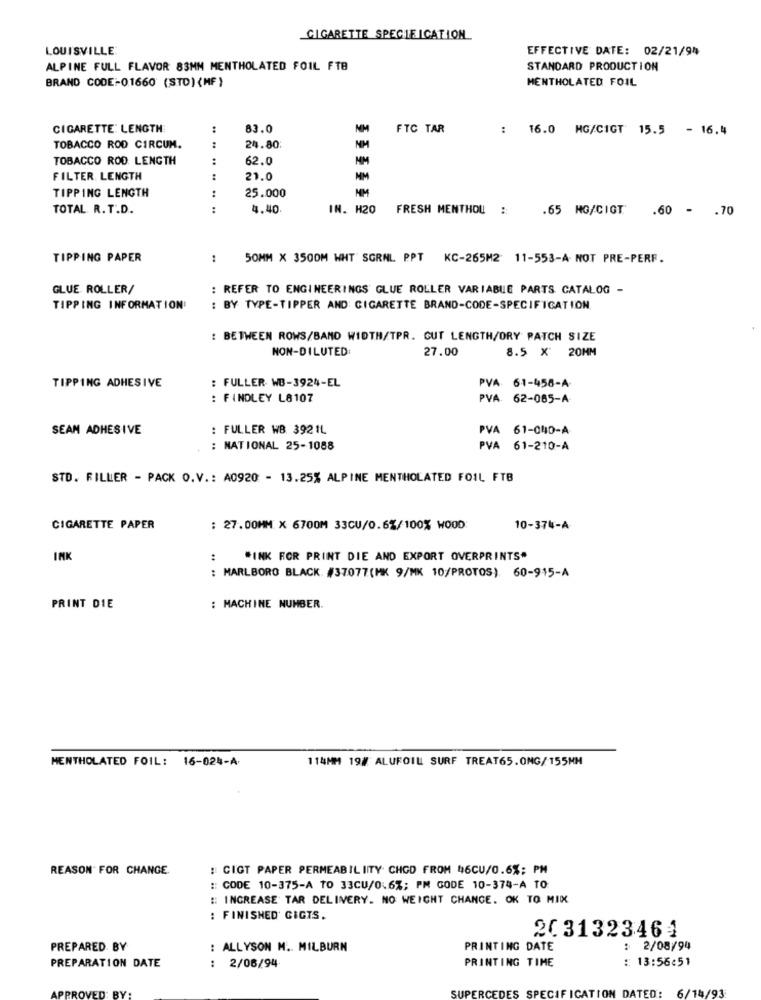
CIGARETTE SPECIFICATION
LOUISVILLE:
EFFECTIVE DATE: 02/21/94
ALPINE FULL FLAVOR 83MM MENTHOLATED FOIL FTB
STANDARD PRODUCTION
BRAND CODE-01660 (STD) (MF )
MENTHOLATED FOIL
CIGARETTE: LENGTH
:
83.0
NM
FTC TAR
: 16.0 MG/CIGT 15.5 - 16.4
TOBACCO ROD CIRCUM.
:
24.80
MM
TOBACCO ROD. LENGTH
:
62.0
NM
FILTER LENGTH
21.0
NM
TIPPING LENGTH
25.000
MM
TOTAL. R. T.D.
.. ..
4.40
IN. H20
FRESH MENTHOU ::
.65 MG/CIGT
.60 - . 70
TIPPING PAPER
:
50MM X 3500M WHT SGRNL PPT KC-265M2 11-553-A NOT PRE-PERF.
GLUE ROLLER/
: REFER TO ENGINEERINGS GLUE ROLLER VARIABLE PARTS CATALOG -
TIPPING INFORMATION
: BY TYPE-TIPPER AND CIGARETTE BRAND-CODE-SPECIFICATION
: BETWEEN ROWS/BAND WIDTH/TPR. GUT LENGTH/ORY PATCH SIZE
NON-DILUTED
27.00
8.5 X 20MM
TIPPING ADHESIVE
: FULLER WB-3924-EL
VA: 61-458-A
: FINDLEY L8107
PVA. 62-085-A
SEAM ADHESIVE
: FULLER WB 392 1L
VA 61-040-A
: NATIONAL 25-1088
PVA 61-210-A
STD. FILLER - PACK O.V .: A0920 - 13.25% ALPINE MENTHOLATED FOIL FTB
CIGARETTE PAPER
: 27.00MM X 6700M 33CU/0.6%/100% WOOD
10-374-A
INK
:
"INK FOR PRINT DIE AND EXPORT OVERPRINTS"
: MARLBORO BLACK #37077(MK 9/MK 10/PROTOS) 60-915-A
PRINT DIE
: MACHINE NUMBER.
MENTHOLATED FOIL: 16-024-A
114MM 19# ALUFOIL SURF TREAT65.0MG/155MM
REASON FOR CHANGE
: CIGT PAPER PERMEABIL ITY CHOD FROM 46CU/0.6%; PM
:: CODE 10-375-A TO 33CU/0.6%; PM GODE 10-374-A TO:
:: INCREASE TAR DELIVERY. NO WEIGHT CHANGE. OK TO MIK
: FINISHED GIGTS.
2031323464
PREPARED BY
: ALLYSON M .. MILBURN
PRINTING DATE
: 2/08/94
..
PRINTING TIME
: 13:56:51
PREPARATION DATE
2/06/94
ES SPECIFICATION DATED: 6/14/93